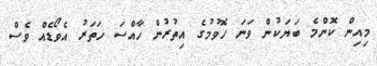
މިއިން ކޮންމެ ބަޔަކުން ވަނަ ހޮވުމުގެ އިތުރުން ހާއްސަ ހަތަރު އެވޯޑެއް ވެސް